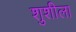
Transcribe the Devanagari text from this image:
शुशीला